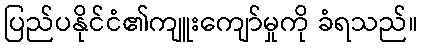
ပြည်ပနိုင်ငံ၏ကျူးကျော်မှုကို ခံရသည်။